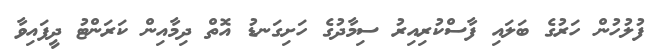
ފުލުހުން ހަރުގެ ބަލައި ފާސްކުރިއިރު ސިމާދުގެ ހަށިގަނޑު އޮތް ދިމާއިން ކަރަންޓު ދީފައިވާ